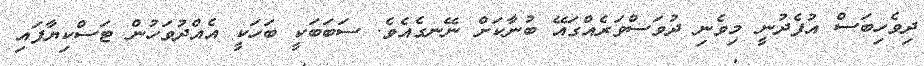
ދިވެހިބަސް އުފެދުނީ މިވެނި ދުވަސްވަރެއްގައޭ ބުނާކަށް ނޭނގެއެވެ. ސަބަބަކީ ބަހަކީ އެއްދުވަހުން ޓަސްކިޔާފައި